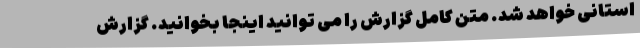
استانی خواهد شد. متن کامل گزارش را می توانید اینجا بخوانید. گزارش